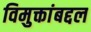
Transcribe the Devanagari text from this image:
विमुक्तांबद्दल